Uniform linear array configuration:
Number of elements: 32
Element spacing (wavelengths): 0.5
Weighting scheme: hamming
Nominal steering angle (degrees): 60
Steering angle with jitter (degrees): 61.436
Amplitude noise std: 0.05
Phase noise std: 0.05

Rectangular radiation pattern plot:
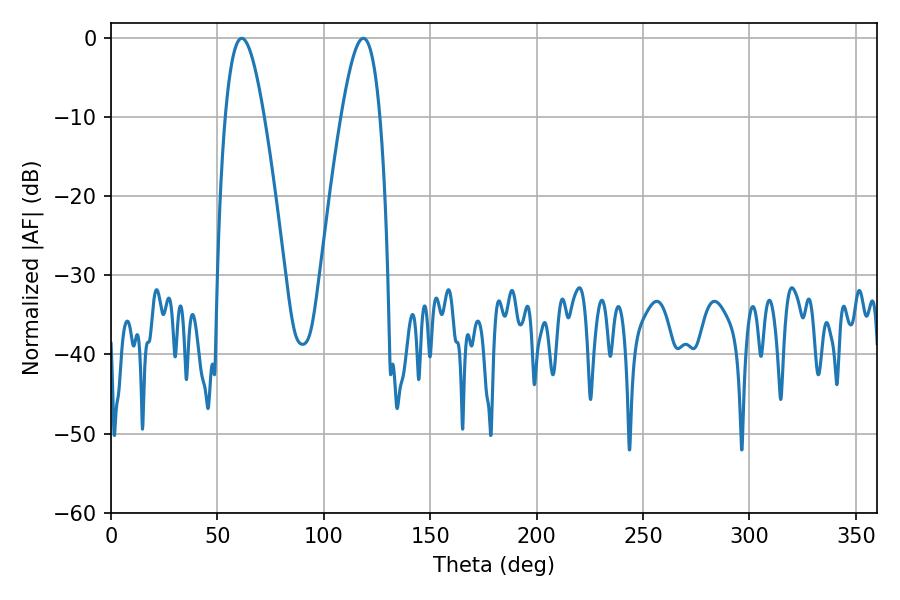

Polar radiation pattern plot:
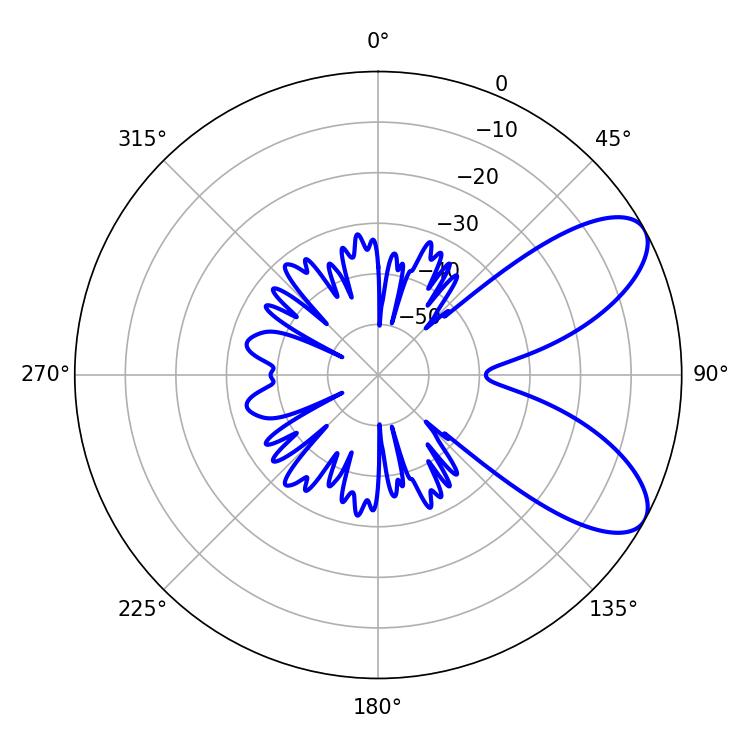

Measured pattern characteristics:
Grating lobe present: FALSE
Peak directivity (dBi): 7.812
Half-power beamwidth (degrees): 9.9
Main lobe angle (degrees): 61.38